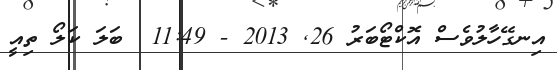
އިނގޭހާލުވެސް އޮކްޓޯބަރު 26